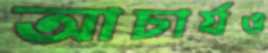
আচার্যও